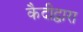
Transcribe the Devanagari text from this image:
कैदीद्वारा